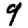
Digit: 9